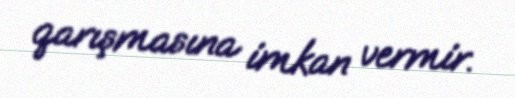
qarışmasına imkan vermir.